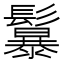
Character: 𩯱